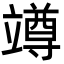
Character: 竴